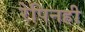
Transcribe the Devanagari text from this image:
रेपिनही